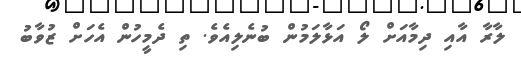
ލާރާ އާއި ދިމާއަށް ލޯ އަޅާލަމުން ބުނެލިއެވެ. ތިި ދެމީހުން އެހަށް ޒުވާބު